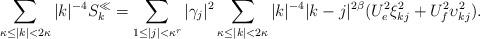
LaTeX: \begin{align*} \sum_{\kappa\le|k|<2\kappa} |k|^{-4} S_k^{\ll} = \sum_{1\le|j|<\kappa^r} |\gamma_j|^2 \sum_{\kappa\le|k|<2\kappa} |k|^{-4}|k-j|^{2\beta}(U_e^2\xi_{kj}^2+U_f^2\upsilon_{kj}^2).\end{align*}